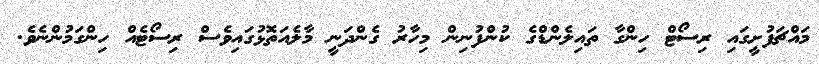
މައްޗަފުށީގައި ރިސޯޓް ހިންގާ ތައިލެންޑްގެ ކުންފުނިން މިހާރު ގެންދަނީ މާލެއަތޮޅުގައިވެސް ރިސޯޓެއް ހިންގަމުންނެވެ.